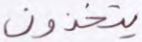
يتخذون